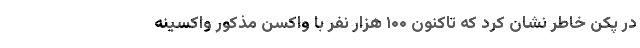
در پکن خاطر نشان کرد که تاکنون ۱۰۰ هزار نفر با واکسن مذکور واکسینه